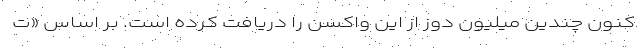
کنون چندین میلیون دوز از این واکسن را دریافت کرده است. بر اساس «ت